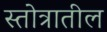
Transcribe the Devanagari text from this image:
स्तोत्रातील